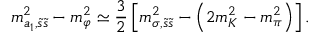
m _ { a _ { 1 } , \tilde { s } \tilde { s } } ^ { 2 } - m _ { \varphi } ^ { 2 } \simeq \frac 3 2 \left[ m _ { \sigma , \tilde { s } \tilde { s } } ^ { 2 } - \left( 2 m _ { K } ^ { 2 } - m _ { \pi } ^ { 2 } \right) \right] .